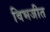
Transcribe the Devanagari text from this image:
विभजीत